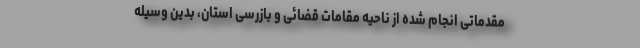
مقدماتی انجام شده از ناحیه مقامات قضائی و بازرسی استان، بدین وسیله